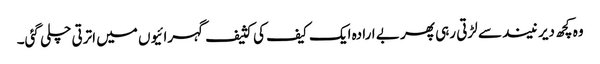
وہ کچھ دیر نیند سے لڑتی رہی پھر بے ارادہ ایک کیف کی کثیف گہرائیوں میں اترتی چلی گئی۔